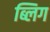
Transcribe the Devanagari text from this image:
ब्लिग